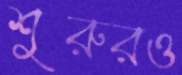
শুরুরও